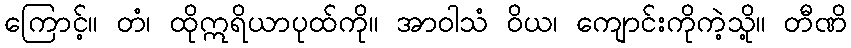
ကြောင့်။ တံ၊ ထိုဣရိယာပုထ်ကို။ အာဝါသံ ဝိယ၊ ကျောင်းကိုကဲ့သို့။ တီဏိ